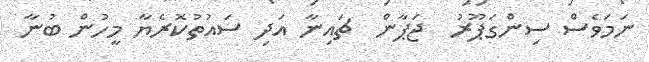
ނަމަވެސް ސިންގަޕޫރު  ޖަޕާން  ޗައިނާ އަދި ސައުތުކޮރެޔާ މީހުން ބުނާ